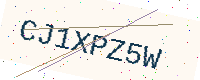
Text: CJ1XPZ5W